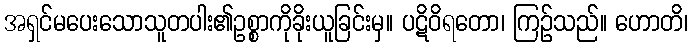
အရှင်မပေးသောသူတပါး၏ဥစ္စာကိုခိုးယူခြင်းမှ။ ပဋိဝိရတော၊ ကြဉ်သည်။ ဟောတိ၊